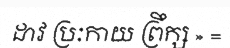
ដាវ ប្រៈកាយ ព្រឹក្ស » =